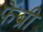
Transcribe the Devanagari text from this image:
फेब्री